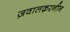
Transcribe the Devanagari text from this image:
ज़वालक़रनीन